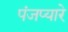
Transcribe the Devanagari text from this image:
पंजप्यारे